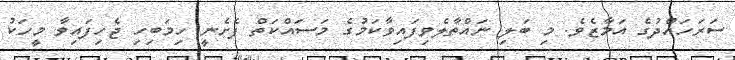
ސަރަހައްދުގެ އަމާޒެވެ. މި ބަލި ނައްތާލެވިފައިވާކަމުގެ މަސައްކަތް ފެށެނީ ހިމަބިހި ޖެހިފައިވާ މީހަކު